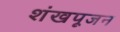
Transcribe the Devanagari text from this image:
शंखपूजन